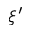
\xi ^ { \prime }